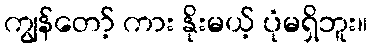
ကျွန်တော့် ကား နိုးမယ့် ပုံမရှိဘူး။